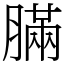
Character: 䐽